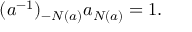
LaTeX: ( a ^ { - 1 } ) _ { - N ( a ) } a _ { N ( a ) } = 1 .